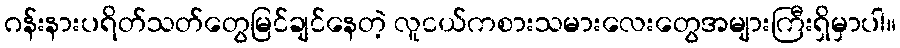
ဂန်းနားပရိတ်သတ်တွေမြင်ချင်နေတဲ့ လူငယ်ကစားသမားလေးတွေအများကြီးရှိမှာပါ။